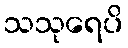
သသုရေပိ